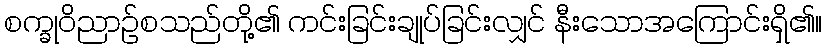
စက္ခုဝိညာဉ်စသည်တို့၏ ကင်းခြင်းချုပ်ခြင်းလျှင် နီးသောအကြောင်းရှိ၏။